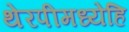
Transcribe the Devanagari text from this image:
थेरपीमध्येहि